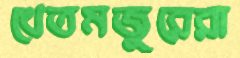
খেতমজুরেরা